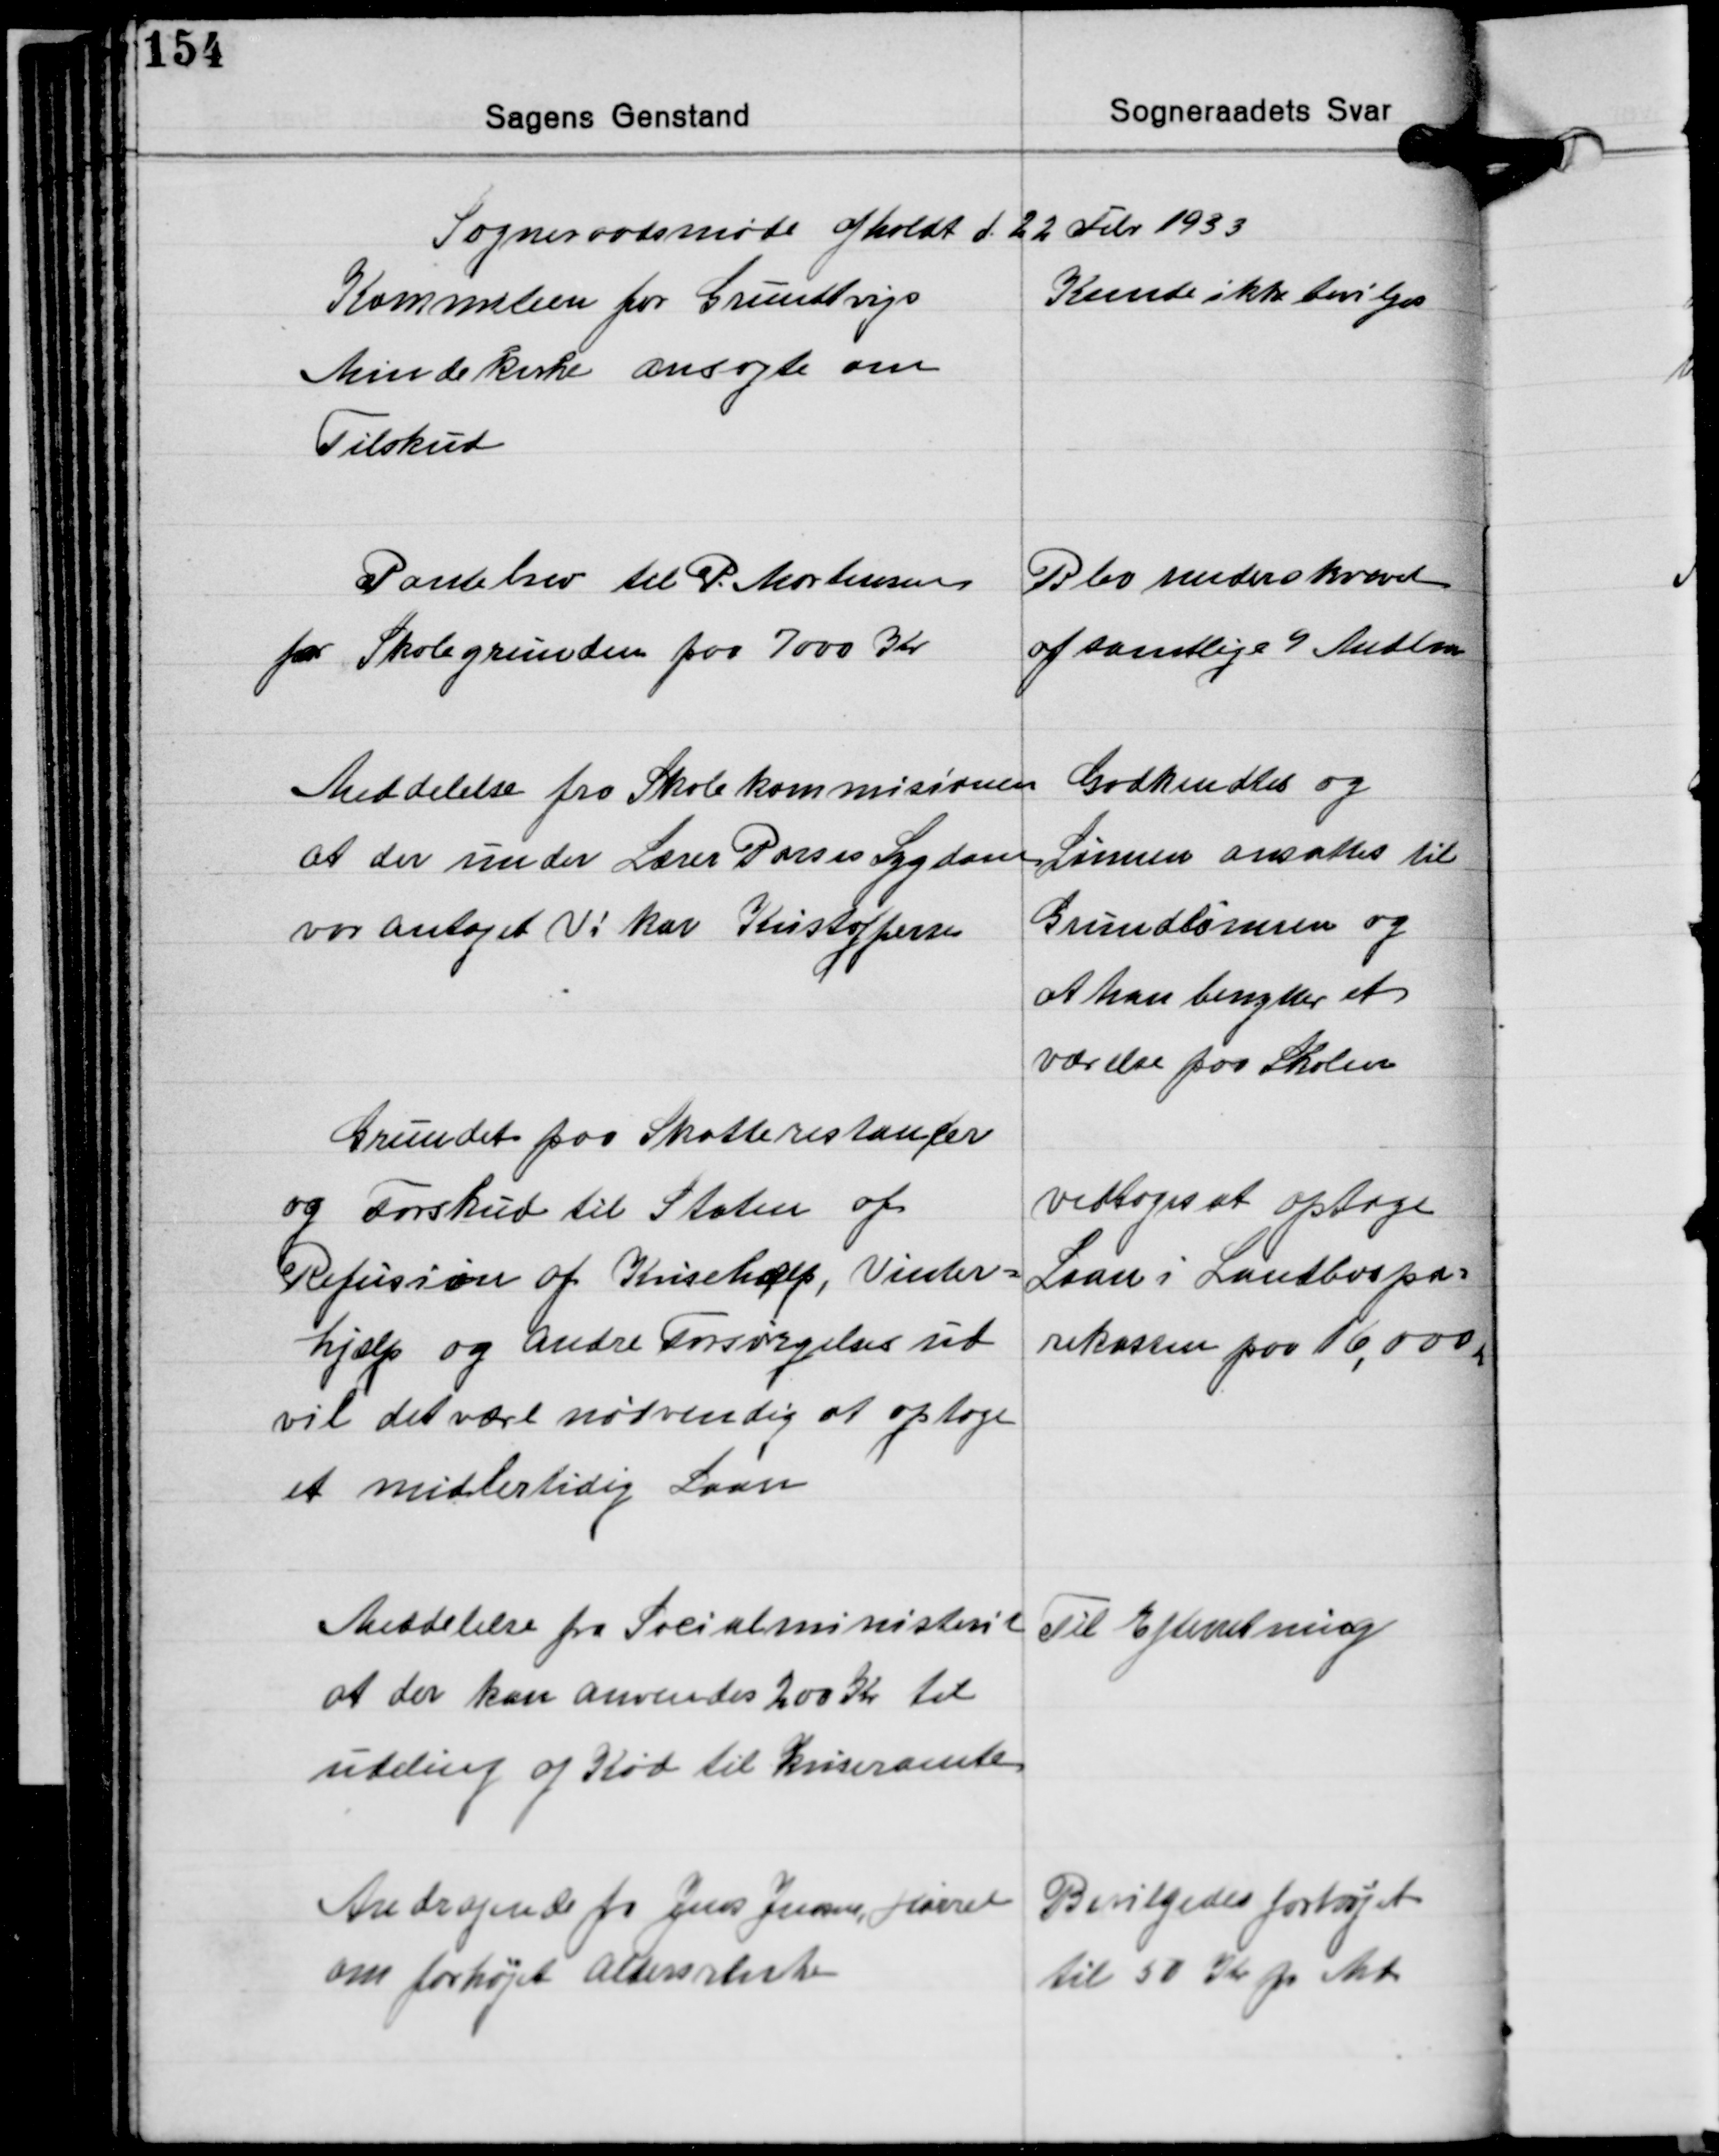
Transskription:
Sogneraadsmøde afholdt d. 22 Febr. 1933

Kommiteen for Grundtvigs
Mindekirke ansøgte om
Tilskud

Kunde ikke bevilges

Pantebrev til P Mortensen
for Skolegrunden paa 7000 Kr.

Blev underskrevet
af samtlige 9 Medlem.

Meddelelse fra Skolekommisionen
at der under Lærer Porses Sygdom
var antaget Vikar Kristoffersen

Godkendtes og
Lønnen ansattes til
Grundlønnen og
at han benytter et
værelse paa Skolen

Grundet paa Skatterestancer
og Forskud til Staten af
Refusion af Krisehælp, Vinter-
hjælp og andre Forsørgelser ud
vil det være nødvendig at optage
et midlertidig Laan

vedtoges at optage
Laan i Landbospa-
rekassen paa 16,000

Meddelelse fra Socialministeriet
at der kan anvendes 200 Kr. til
udeling af Kød til Kriseramte

Til Efterretning

Andragende fra Jens Jensen, Hørret
om forhøjet Aldersrente

Bevilgedes forhøjet
til 50 Kr. pr. Md.